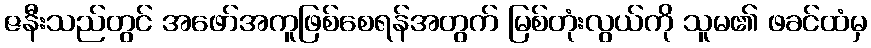
ဇနီးသည်တွင် အဖော်အကူဖြစ်စေရန်အတွက် မြစ်တုံးလွယ်ကို သူမ၏ ဖခင်ထံမှ